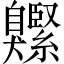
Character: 𦤱